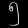
Digit: ၅